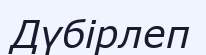
Дүбірлеп